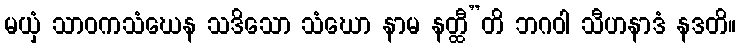
မယှံ သာဝကသံဃေန သဒိသော သံဃော နာမ နတ္ထီ”တိ ဘဂဝါ သီဟနာဒံ နဒတိ။